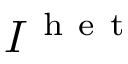
I ^ { \mathrm { ~ h ~ e ~ t ~ } }